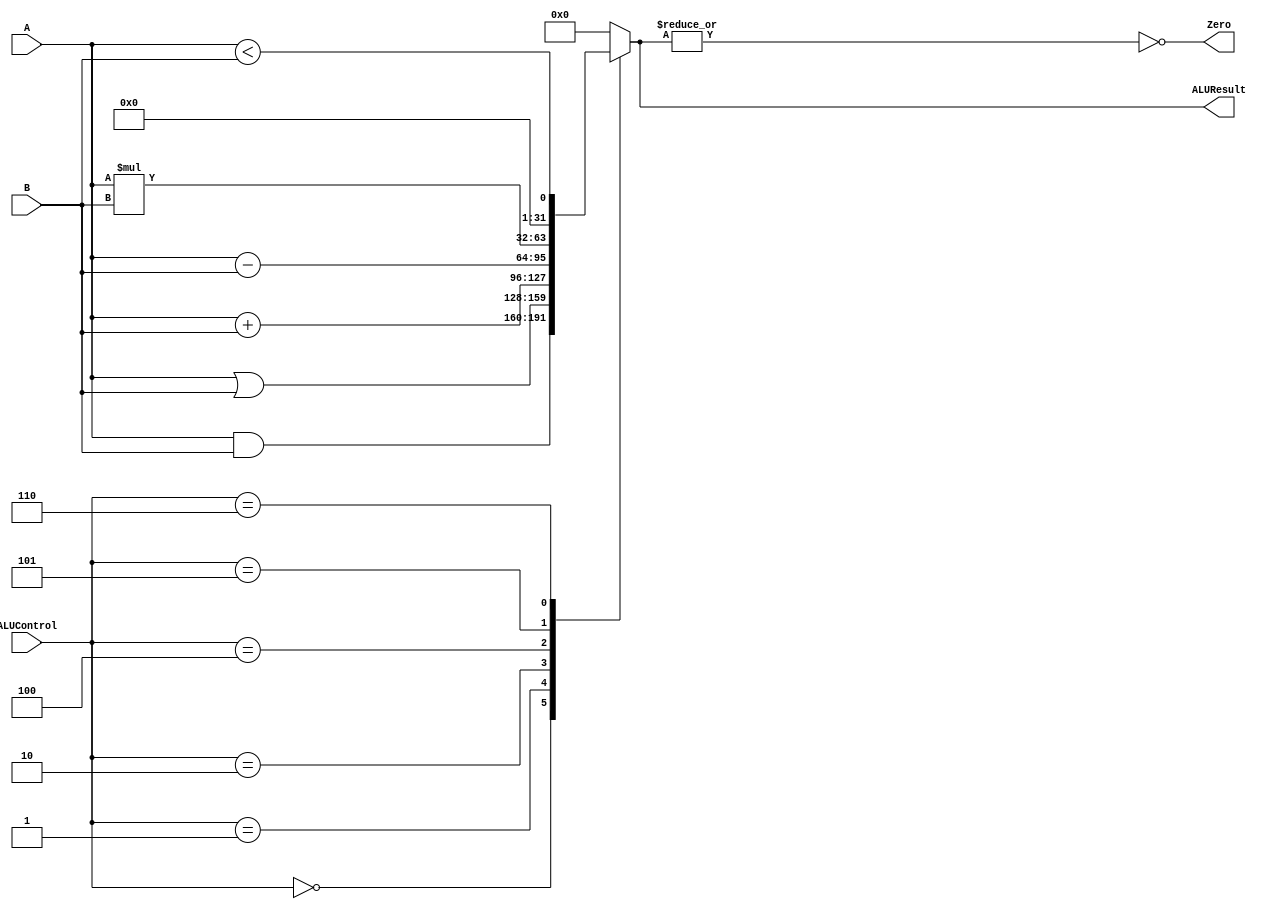
`timescale 1ns / 1ps
//////////////////////////////////////////////////////////////////////////////////
// Company: 
// Engineer: 
// 
// Design Name: 
// Module Name: ALU
// Project Name: 
// Target Devices: 
// Tool Versions: 
// Description: 
// 
// Dependencies: 
// 
// Revision:
// Revision 0.01 - File Created
// Additional Comments:
// 
//////////////////////////////////////////////////////////////////////////////////


module ALU(
input [31:0]A,
input [31:0]B,
input [2:0]ALUControl,
output reg [31:0]ALUResult,
output Zero

    );
    always@(*)
    begin
    case(ALUControl)
    3'b000:ALUResult=A&B;
    3'b001:ALUResult=A|B;
    3'b010:ALUResult=A+B;
    3'b100:ALUResult=A-B;
    3'b101:ALUResult=A*B;
    3'b110:ALUResult=(A<B);
    default:ALUResult=32'd0;
    endcase
    end
    assign Zero=~|ALUResult;
endmodule